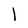
Character: l